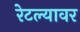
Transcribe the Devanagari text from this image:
रेटल्यावर